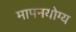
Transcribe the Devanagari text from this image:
मापनयोग्य